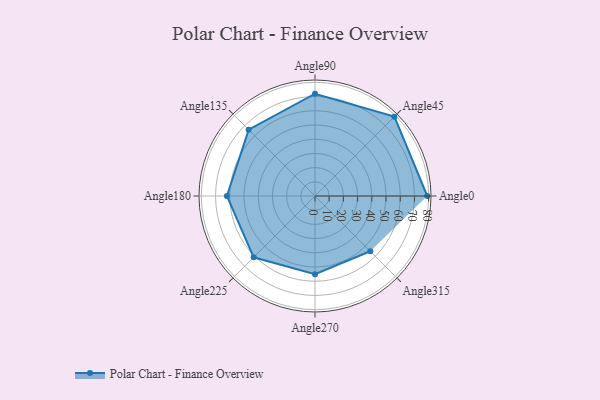
{"axis": {"x": "Angle", "y": "Radius"}, "legend": [""], "data": [{"x": "Angle0", "y": 79.0, "type": ""}, {"x": "Angle45", "y": 79.0, "type": ""}, {"x": "Angle90", "y": 72.0, "type": ""}, {"x": "Angle135", "y": 66.0, "type": ""}, {"x": "Angle180", "y": 62.0, "type": ""}, {"x": "Angle225", "y": 61.0, "type": ""}, {"x": "Angle270", "y": 55.0, "type": ""}, {"x": "Angle315", "y": 55.0, "type": ""}]}